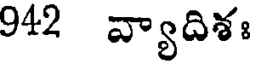
942 వ్యాదిశః